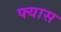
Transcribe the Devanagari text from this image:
फ्यास